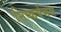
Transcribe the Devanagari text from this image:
निष्कर्षमय